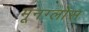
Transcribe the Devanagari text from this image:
मूनग्लोस